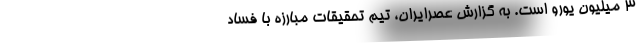
3 میلیون یورو است. به گزارش عصرایران، تیم تحقیقات مبارزه با فساد